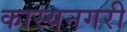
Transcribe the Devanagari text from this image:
कास्यनगरी